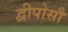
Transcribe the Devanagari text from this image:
द्वीपोसौ